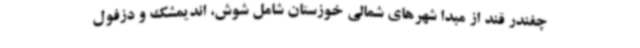
چغندر قند از مبدا شهرهای شمالی خوزستان شامل شوش، اندیمشک و دزفول